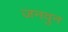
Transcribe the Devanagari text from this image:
जनवुन